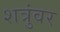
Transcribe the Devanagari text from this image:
शत्रुंवर